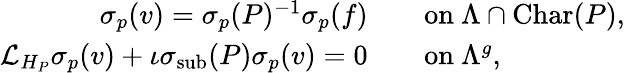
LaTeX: \begin{array}{rl}{\sigma_{{p}}(v)=\sigma_{{p}}(P)^{-1}\sigma_{{p}}(f)}&{\quad\mathrm{on~}{\Lambda\cap\mathrm{Char}(P)},}\\ {\mathcal{L}_{H_{P}}\sigma_{{p}}(v)+\iota\sigma_{\mathrm{sub}}(P)\sigma_{{p}}(v)=0}&{\quad\mathrm{on~}\Lambda^{g},}\end{array}